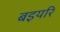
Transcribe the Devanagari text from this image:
बइयरि